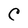
Character: C